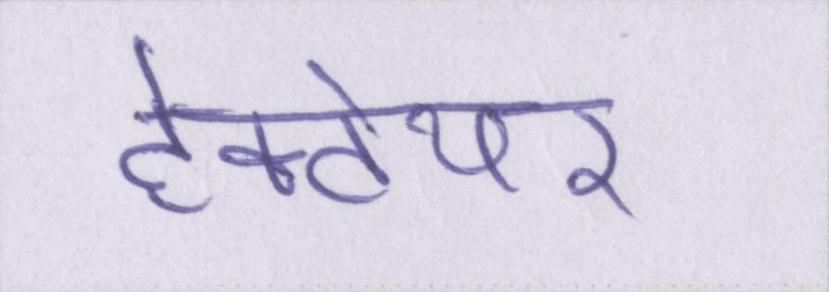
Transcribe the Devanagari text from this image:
हेक्टेयर